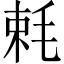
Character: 𣭵